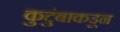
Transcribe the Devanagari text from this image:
कुटुंबाकडून